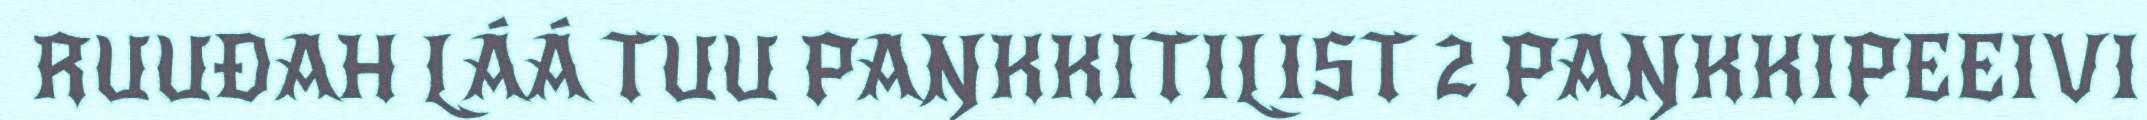
RUUĐAH LÁÁ TUU PAŊKKITILIST 2 PAŊKKIPEEIVI